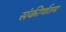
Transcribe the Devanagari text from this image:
संकीर्णतम